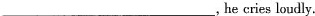
___，he cries loudly.